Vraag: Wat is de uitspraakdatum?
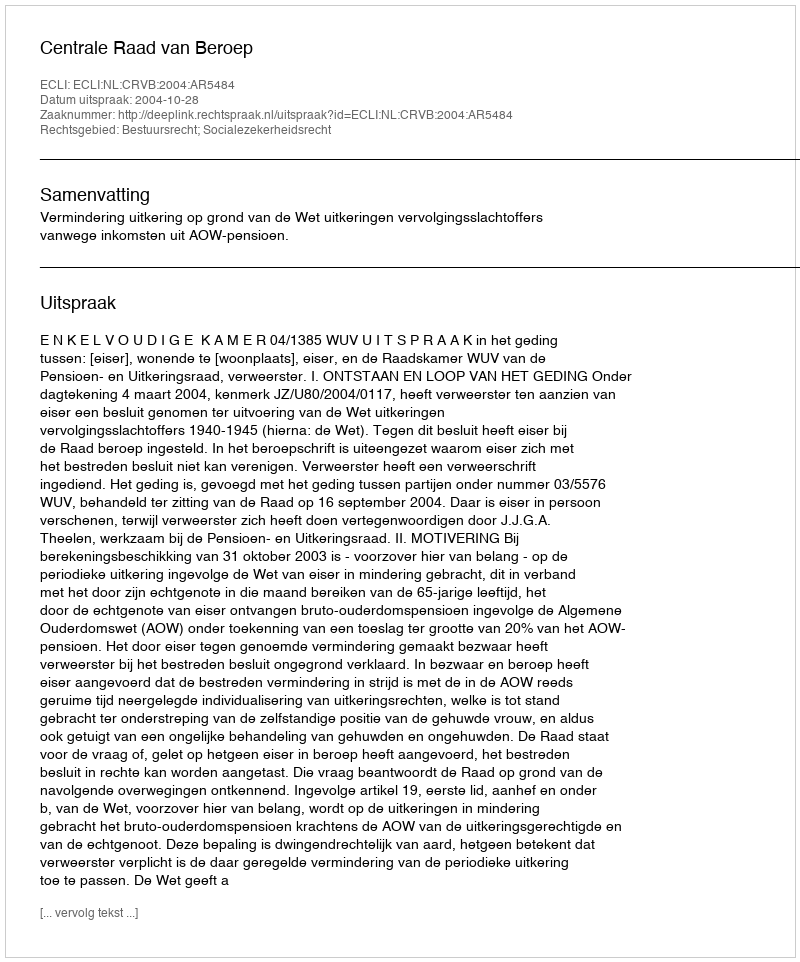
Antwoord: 2004-10-28